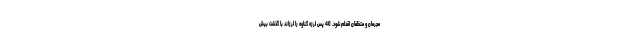
مجرمان و متخلفان اقدام شود. 40 پس لرزه گناوه را لرزاند با گذشت بیش